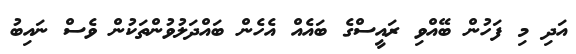
އަދި މި ފަހުން ބޭއްވި ރައީސްގެ ބައެއް އެހެން ބައްދަލުވުންތަކުން ވެސް ނައިބު